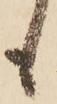
も